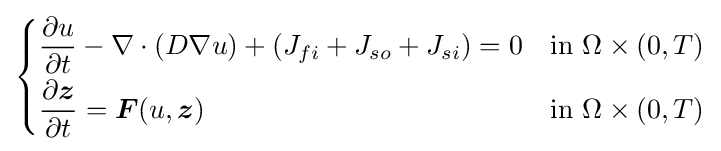
{\begin{cases}{\dfrac {\partial u}{\partial t}}-\nabla \cdot (D\nabla u)+(J_{fi}+J_{so}+J_{si})=0&{\text{in }}\Omega \times (0,T)\\[5pt]{\dfrac {\partial {\boldsymbol {z}}}{\partial t}}={\boldsymbol {F}}(u,{\boldsymbol {z}})&{\text{in }}\Omega \times (0,T)\\\end{cases}}